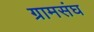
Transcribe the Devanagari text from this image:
ग्रामसंघ